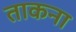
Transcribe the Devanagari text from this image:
ताकना